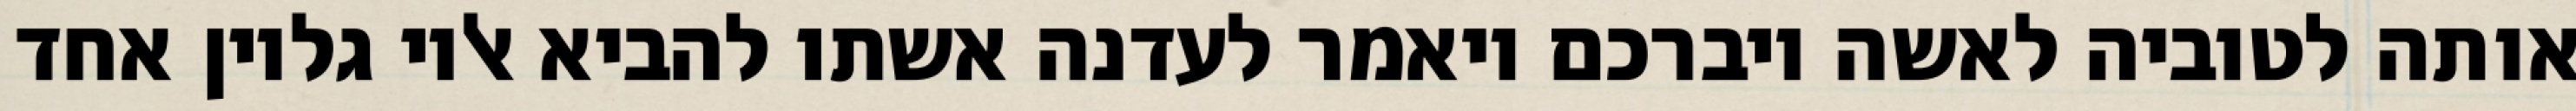
אותה לטוביה לאשה ויברכם ויאמר לעדנה אשתו להביא אליו גליון אחד